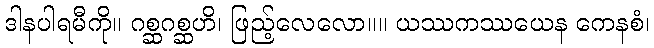
ဒါနပါရမီကို။ ဂစ္ဆဂစ္ဆဟိ၊ ဖြည့်လေလော။။ ယဿကဿယေန ကေနစံ၊